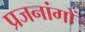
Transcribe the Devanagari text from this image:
प्रजनांगों